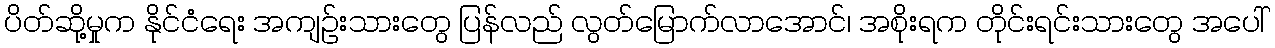
ပိတ်ဆို့မှုက နိုင်ငံရေး အကျဉ်းသားတွေ ပြန်လည် လွတ်မြောက်လာအောင်၊ အစိုးရက တိုင်းရင်းသားတွေ အပေါ်